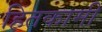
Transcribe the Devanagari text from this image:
हितकामी